Vaccination in Bombay 1889-1901 - 1889-1901
Year: 1889
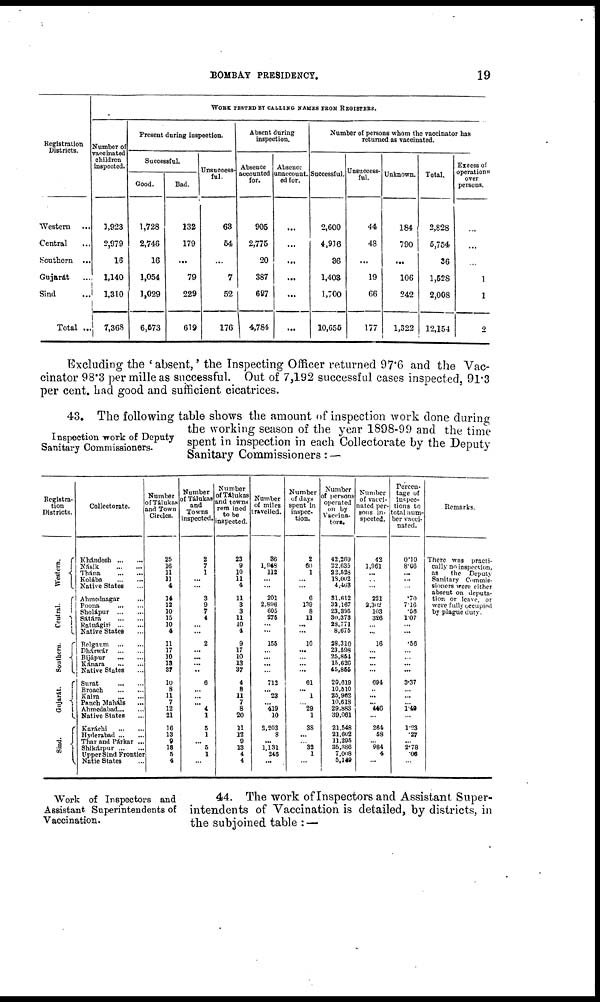
BOMBAY PRESIDENCY.
19
Registration
Districts.
Western ...
Central ...
Southern ...
Gujarát ...
Sind ...
Total ...
WORK TESTED BY CALLING NAMES FROM REGISTERS.
Number of
vaccinated
children
inspected.
1,923
2,979
16
1,140
1,310
7,368
Present during inspection.
Successful.
Good.
1,728
2,746
16
1,054
1,029
6,573
Bad.
132
179
...
79
229
619
Unsuccess-
ful.
63
54
...
7
52
176
Absent during
inspection.
Absence
accounted
for.
905
2,775
20
387
697
4,784
Absence
unaccount-
ed for.
...
...
...
...
...
...
Number of persons whom the vaccinator has
returned as vaccinated.
Successful.
2,600
4,916
36
1,403
1,700
10,655
Unsuccess-
ful.
44
48
...
19
66
177
Unknown.
184
790
...
106
242
1,322
Total.
2,828
5,754
36
1,528
2,008
12,154
Excess of
operations
over
persons.
...
...
...
1
1
2
Excluding the ' absent,' the Inspecting Officer returned 97.6 and the Vac-
cinator 98.3 per mille as successful. Out of 7,192 successful cases inspected, 91.3
per cent. had good and sufficient cicatrices.
Inspection work of Deputy
Sanitary Commissioners.
43. The following table shows the amount of inspection work done during
the working season of the year 1898-99 and the time
spent in inspection in each Collectorate by the Deputy
Sanitary Commissioners: —
Registra-
tion
Districts.
Western.
Central.
Southern.
Gujarát.
Sind.
Collectorate.
Khándesh
...
...
Násik
...
...
Thána
...
...
Kolába
...
...
Native States ...
Ahmednagar ...
Poona
...
...
Sholápur
...
...
Sátára
...
...
Ratnágiri
...
...
Native States ...
Belgaum
...
...
Dhárwár
...
...
Bijápur
...
...
Kánara
...
...
Native States
Surat
...
...
Broach
...
...
Kaira
...
...
Punch Maháls ...
Ahmedabad ... ...
Native States ...
Karáchi
...
...
Hyderabad
...
...
Thar and Párkar ...
Shikárpur
...
...
Upper Sind Frontier
Natie States ...
Number
of Tálukas
and Town
Circles.
25
16
11
11
4
14
12
10
15
10
4
11
17
10
13
37
10
8
11
7
12
21
16
13
9
18
5
4
Number
of Tálukas
and
Towns
inspected.
2
7
1
...
...
3
9
7
4
...
...
2
...
...
...
...
6
...
...
... 4
1
5
1
...
5
1
...
Number
of Tálukas
and towns
remined
to be
inspected.
23
9
10
11
4
11
3
3
11
10
4
9
17
10
13
37
4
8
11
7
8
20
11
12
9
13
4
4
Number
of miles
travelled.
36
1,948
112
... ...
201
2,896
605
276
...
...
155
...
...
...
...
712
... 23
... 419
10
2,203
8
...
1,131
246
...
Number
of days
spent in
inspec-
tion.
2
60
1
...
...
6
139
8
11
...
...
10
...
...
... ...
61
... 1
... 29
1
38
...
... 32
1
...
Number
of persons
operated
on by
Vaccina¬
tors.
42,269
22,635
22,528
18,002
4,463
31,612
32,167
23,395
30,373
23,771
8,675
28,310
23,598
25,854
15,626
45,855
20,619
10,510
25,962
10,618
29,883
39,061
21,548
21,602
11,295
35,386
7,008
5,149
Number
of vacci-
nated per-
sons in-
spected.
42
1,961
...
...
...
221
2,302
103
326
...
...
16
... ...
...
...
694
... ...
... 446
...
264
58
... 984
4
...
Percen-
tage of
inspec-
tions to
total num-
ber vacci-
nated.
0.10
8.66
...
...
...
.70
7.16
.56
1.07
...
...
.56
...
... ...
...
3.37
...
...
... 1.49
...
1.23
.27
...
2.78
.06
...
Remarks.
There was practi-
cally no inspection,
as
the
Deputy
Sanitary Commis-
sioners were either
absent on deputa-
tion or leave, or
were fully occupied
by plague duty.
Work of Inspectors and
Assistant Superintendents of
Vaccination.
44. The work of Inspectors and Assistant Super-
intendents of Vaccination is detailed, by districts, in
the subjoined table : —